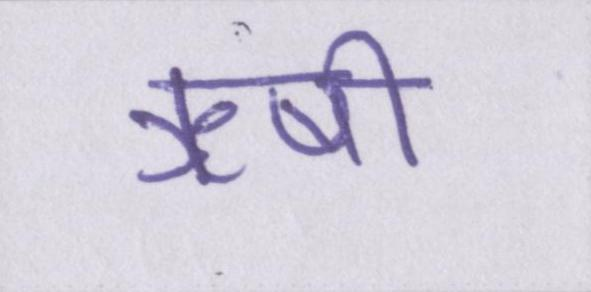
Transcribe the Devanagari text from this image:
ऋषी